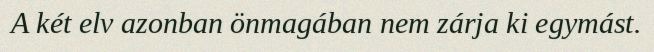
A két elv azonban önmagában nem zárja ki egymást.